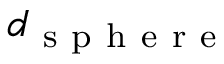
d _ { \mathrm { ~ s ~ p ~ h ~ e ~ r ~ e ~ } }